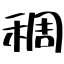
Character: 稠